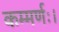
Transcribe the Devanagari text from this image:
कम्मर्णः।